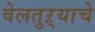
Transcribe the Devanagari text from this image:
वेलतुऱ्याचे